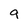
Character: 9